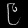
Digit: ၉